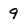
Character: 9